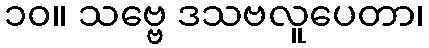
၁၀။ သဗ္ဗေ ဒသဗလူပေတာ၊